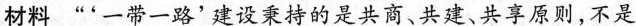
材料“'一带一路'建设秉持的是共商、共建、共享原则，不是封闭的，而是开放包容的；不是